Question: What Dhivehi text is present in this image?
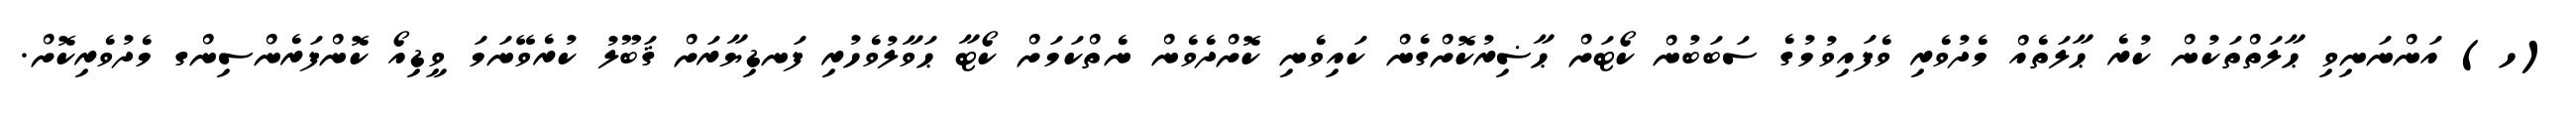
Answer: (ހ) އަންނަނިވި ޙާލަތްތަކުން ކުރެ ޙާލަތެއް މެދުވެރި ވެފައިވުމުގެ ސަބަބުން ކޯޓަށް ޙާޟިރުކޮށްގެން ކައިވެނި ކޮށްދެވެން ނެތްކަމަށް ކޯޓާ ޙަވާލުވެހުރި ފަނޑިޔާރަށް ޤަބޫލު ކުރެވޭނަމަ ވީޑިއޯ ކޮންފަރެންސިންގ މެދުވެރިކޮށް.